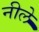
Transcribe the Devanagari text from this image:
नीले